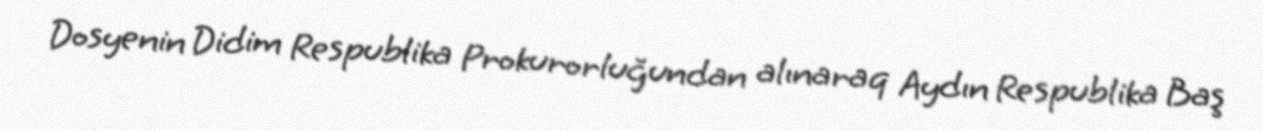
Dosyenin Didim Respublika Prokurorluğundan alınaraq Aydın Respublika Baş